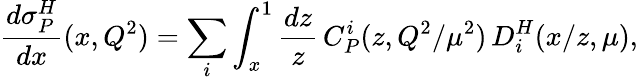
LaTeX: \frac{d\sigma_{P}^{H}}{dx}(x,Q^{2})=\sum_{i}\int_{x}^{1}\frac{dz}{z}\, C_{P}^{i}(z,Q^{2}/\mu^{2})\, D_{i}^{H}(x/z,\mu),